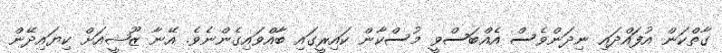
ގާތްކަން އުފައްދައި ނިދަންވެސް އެއްބަސްވީ މުސްކާން ކައިރީގައި ބާއްވައިގެންނެވެ. އޭނާ ޒޫޝީއަށް ކިޔައިދޭން